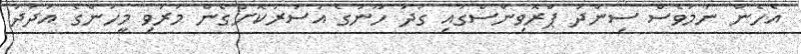
އެހެން ނަމަވެސް ސިންދު ޕްރޮވިންސްގައި ގަދަ ހޫނުގެ އަސަރުކޮށްގެން މަރުވި މީހުންގެ އަދަދު